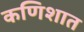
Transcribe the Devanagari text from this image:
कणिशात